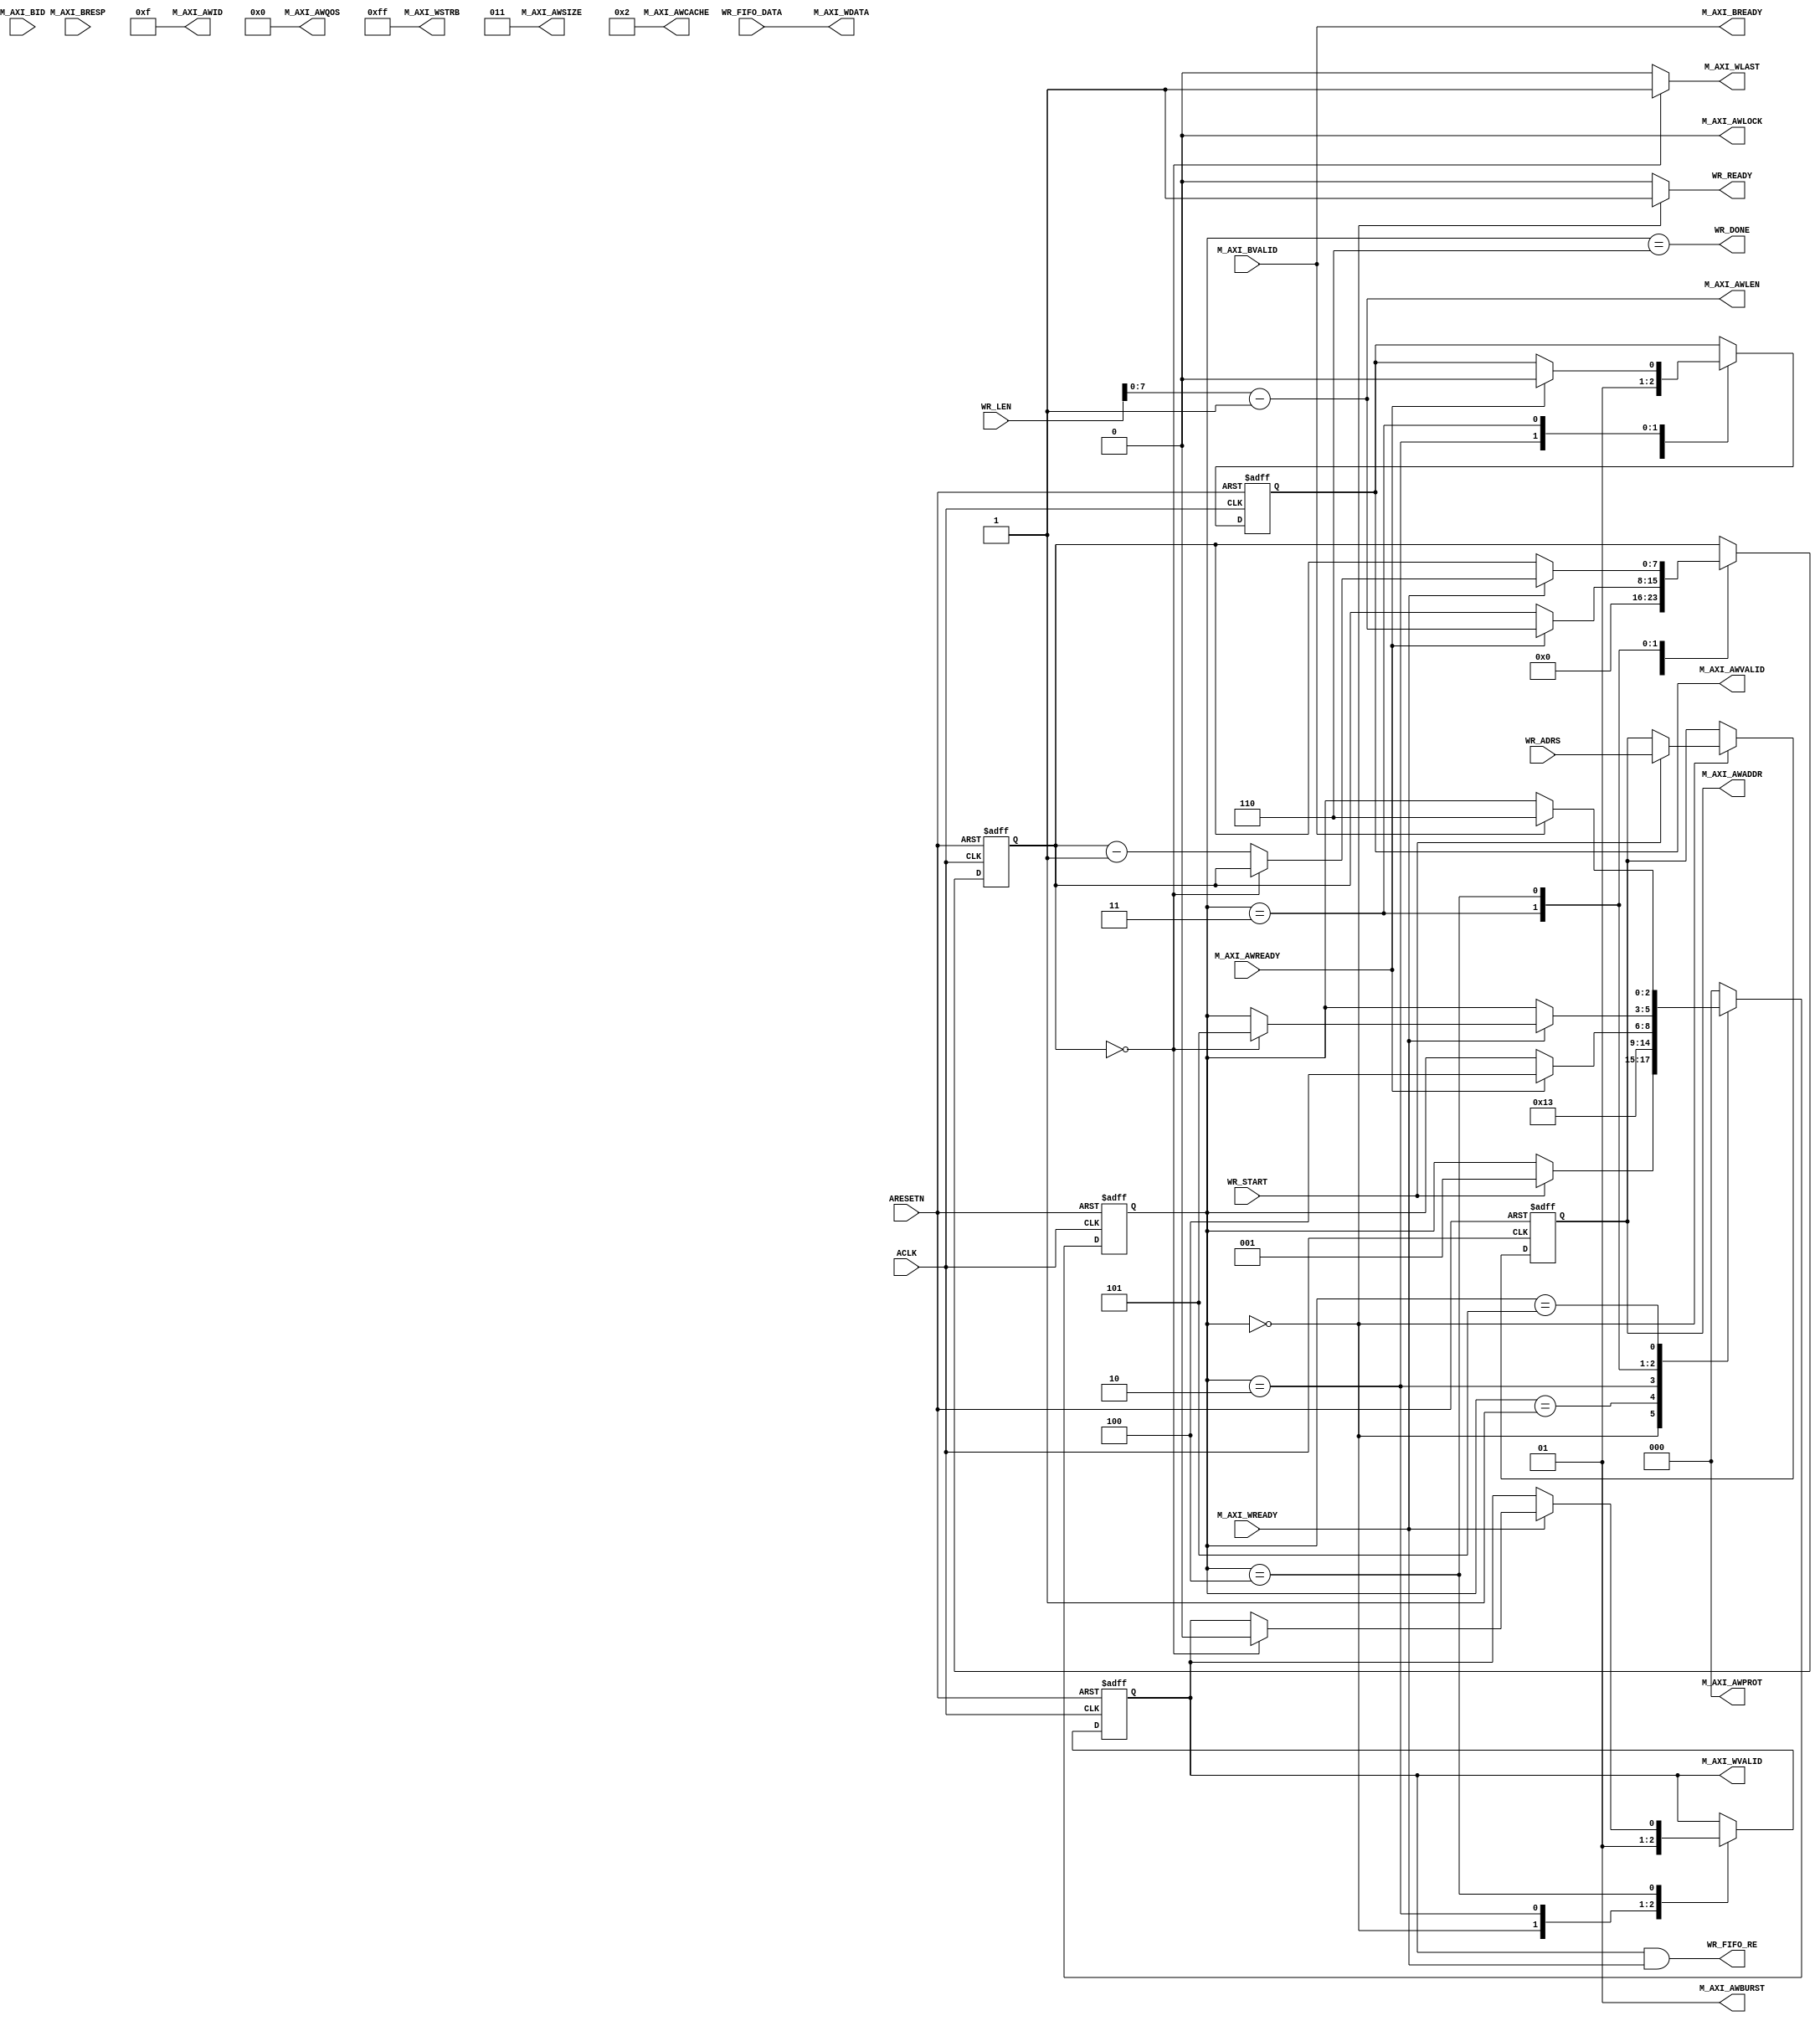
`timescale  1ns/1ns

module axi_master_write
(
  input           ARESETN    , //axi
  input           ACLK       , //axi
//axi4
  output [3:0]  M_AXI_AWID   , //ID
  output [31:0] M_AXI_AWADDR , //
  output [7:0]  M_AXI_AWLEN  , //  
  output [2:0]  M_AXI_AWSIZE , //  
  output [1:0]  M_AXI_AWBURST, //  
  output        M_AXI_AWLOCK , //  
  output [3:0]  M_AXI_AWCACHE, //  
  output [2:0]  M_AXI_AWPROT , //  
  output [3:0]  M_AXI_AWQOS  , //QoS     
  output        M_AXI_AWVALID, //
  input         M_AXI_AWREADY, //
//axi4
  output [63:0] M_AXI_WDATA  , //
  output [7:0]  M_AXI_WSTRB  , //
  output        M_AXI_WLAST  , //
  output        M_AXI_WVALID , //
  input         M_AXI_WREADY , //
//axi4
  input [3:0]   M_AXI_BID    , //ID TAG
  input [1:0]   M_AXI_BRESP  , //
  input         M_AXI_BVALID , //
  output        M_AXI_BREADY , //
  //
  input         WR_START     , //
  input [31:0]  WR_ADRS      , //  
  input [9:0]  WR_LEN        , //
  output        WR_READY     , //
  output        WR_FIFO_RE   , //fifo
  input [63:0]  WR_FIFO_DATA , //fifo
  output        WR_DONE        //
);

//********************************************************************//
//****************** Parameter and Internal Signal *******************//
//********************************************************************//

localparam S_WR_IDLE  = 3'd0;//
localparam S_WA_WAIT  = 3'd1;//
localparam S_WA_START = 3'd2;//
localparam S_WD_WAIT  = 3'd3;//
localparam S_WD_PROC  = 3'd4;//
localparam S_WR_WAIT  = 3'd5;//
localparam S_WR_DONE  = 3'd6;//
//reg define  
reg [2:0]   wr_state   ; //
reg [31:0]  reg_wr_adrs; //
reg         reg_awvalid; //
reg         reg_wvalid ; //
reg         reg_w_last ; //
reg [7:0]   reg_w_len  ; //256128
reg [7:0]   reg_w_stb  ;

//********************************************************************//
//***************************** Main Code ****************************//
//********************************************************************//

//
assign WR_DONE = (wr_state == S_WR_DONE);
//fifoaxi
assign WR_FIFO_RE         = ((reg_wvalid & M_AXI_WREADY ));
//
assign M_AXI_AWID         = 4'b1111;
//
assign M_AXI_AWADDR[31:0] = reg_wr_adrs[31:0];
//1
assign M_AXI_AWLEN[7:0]   = WR_LEN-'d1;
//AXI864
assign M_AXI_AWSIZE[2:0]  = 3'b011;
//0110
assign M_AXI_AWBURST[1:0] = 2'b01; 
assign M_AXI_AWLOCK       = 1'b0;
assign M_AXI_AWCACHE[3:0] = 4'b0010;
assign M_AXI_AWPROT[2:0]  = 3'b000;
assign M_AXI_AWQOS[3:0]   = 4'b0000;
//AWVALID
assign M_AXI_AWVALID      = reg_awvalid;
//fifo
assign M_AXI_WDATA[63:0]  = WR_FIFO_DATA[63:0];
assign M_AXI_WSTRB[7:0]   = 8'hFF;
//
assign M_AXI_WLAST        =(reg_w_len[7:0] == 8'd0)?'b1:'b0;
//WVALID
assign M_AXI_WVALID       = reg_wvalid;
//AXI
assign M_AXI_BREADY       = M_AXI_BVALID;
//axi
assign WR_READY           = (wr_state == S_WR_IDLE)?1'b1:1'b0;

//axi
  always @(posedge ACLK or negedge ARESETN) begin
    if(!ARESETN) begin
      wr_state            <= S_WR_IDLE;
      reg_wr_adrs[31:0]   <= 32'd0;
      reg_awvalid         <= 1'b0;
      reg_wvalid          <= 1'b0;
      reg_w_last          <= 1'b0;
      reg_w_len[7:0]      <= 8'd0;
      
  end else begin
      case(wr_state)
        S_WR_IDLE: begin //
          if(WR_START) begin //
            wr_state          <= S_WA_WAIT;
            reg_wr_adrs[31:0] <= WR_ADRS[31:0];
          end
          reg_awvalid         <= 1'b0;
          reg_wvalid          <= 1'b0;
          reg_w_len[7:0]      <= 8'd0;
        end
        S_WA_WAIT: begin//
          wr_state        <= S_WA_START;//
        end
        S_WA_START: begin
          wr_state        <= S_WD_WAIT;//
          reg_awvalid     <= 1'b1; // 
          reg_wvalid      <= 1'b1;//
        end
        S_WD_WAIT: begin
          if(M_AXI_AWREADY) begin//
            wr_state        <= S_WD_PROC;
            reg_w_len<=WR_LEN-'d1;//12712801
            reg_awvalid     <= 1'b0;
          end
        end
        S_WD_PROC: begin//AXI
          if(M_AXI_WREADY) begin//fifo
            
            if(reg_w_len[7:0] == 8'd0) begin//
              wr_state        <= S_WR_WAIT;
              reg_wvalid      <= 1'b0;//AXI
              reg_w_last<='b1;
              //AXI
              //
            end           
            else begin
              reg_w_len[7:0]  <= reg_w_len[7:0] -8'd1;
            end
          end
        end
        S_WR_WAIT: begin//AXI
          reg_w_last<='b0;
          //M_AXI_BVALID
          if(M_AXI_BVALID) begin
              wr_state          <= S_WR_DONE;
          end
        end
        S_WR_DONE: begin //           
            wr_state <= S_WR_IDLE;
          end
        
        default: begin
          wr_state <= S_WR_IDLE;
        end
      endcase
      end
  end

endmodule